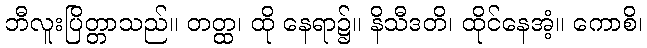
ဘီလူးပြိတ္တာသည်။ တတ္ထ၊ ထို နေရာ၌။ နိသီဒတိ၊ ထိုင်နေအံ့။ ကောစိ၊